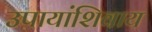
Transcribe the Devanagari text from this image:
उपायांशिवाय